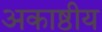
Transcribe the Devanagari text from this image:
अकाष्ठीय